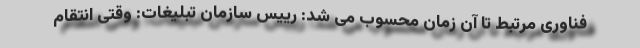
فناوری مرتبط تا آن زمان محسوب می شد: رییس سازمان تبلیغات: وقتی انتقام